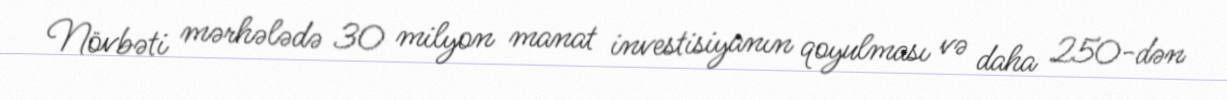
Növbəti mərhələdə 30 milyon manat investisiyanın qoyulması və daha 250-dən